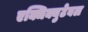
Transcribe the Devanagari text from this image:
एक्जिक्युटेबल